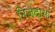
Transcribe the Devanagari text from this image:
निजदासां